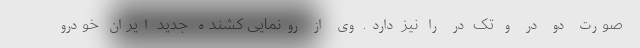
صورت دو در و تک در را نیز دارد. وی از رونمایی کشنده جدید ایران خودرو